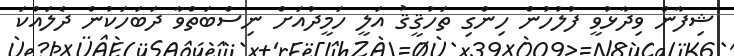
ޝިފާން ވިދާޅުވީ ފުލުހުން ހިންގި ތަހުޤީޤު އަލީ ހަމީދުއަށް ނިސްބަތްވާ ދަބަހަކުން ދެލައްކަ